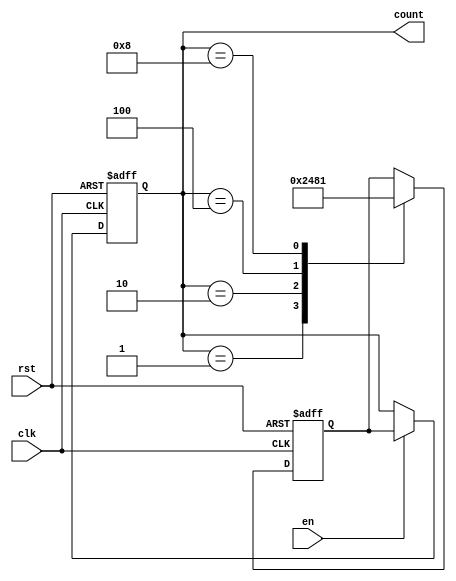
module johnson_counter (
    input clk, // Clock input
    input rst, // Reset input
    input en,  // Enable input
    output reg [3:0] count // 4-bit counter output
);

reg [3:0] next_count; // Next count value

always @ (posedge clk or posedge rst) begin
    if (rst) begin
        count <= 4'b0000; // Reset count to 0 when rst is high
    end else if (en) begin
        count <= next_count; // Update count when enable signal is high
    end
end

always @ (posedge clk or posedge rst) begin
    if (rst) begin
        next_count <= 4'b0001; // Initialize next_count to 1 when rst is high
    end else begin
        // Johnson counter logic
        case (count)
            4'b0001: next_count <= 4'b0010;
            4'b0010: next_count <= 4'b0100;
            4'b0100: next_count <= 4'b1000;
            4'b1000: next_count <= 4'b0001;
            default: next_count <= next_count; // Hold current count for all other values
        endcase
    end
end

endmodule